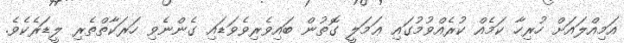
އަމިއްލައަށް ހުރިހާ ކަމެއް ކުރެއްވުމުގައި ޢަމަލީ ގޮތުން ބައިވެރިވެވަޑައި ގެންނެވި ހަރަކާތްތެރި ލީޑަރެކެވެ.